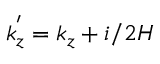
k _ { z } ^ { ' } = k _ { z } + i / 2 H